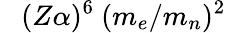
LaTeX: ~~~(Z\alpha)^{6}~(m_{e}/m_{n})^{2}